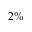
2 \%